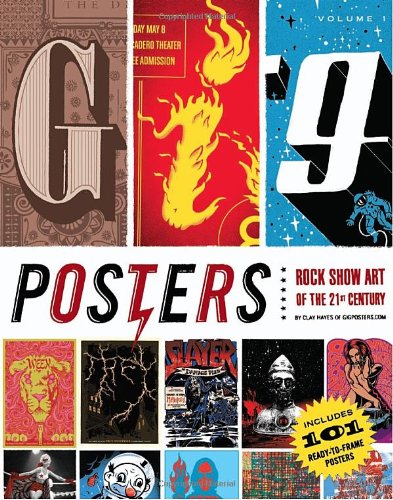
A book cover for Gig Posters Volume I; Clay Hayes; Crafts, Hobbies & Home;